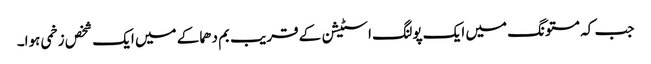
جب کہ مستونگ میں ایک پولنگ اسٹیشن کے قریب بم دھماکے میں ایک شخص زخمی ہوا۔